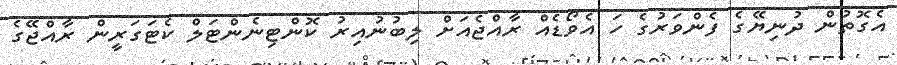
އެގޮތުން ދުނިޔޭގެ ފެންވަރުގެ ހަ އެވޯޑެއް ރާއްޖެއަށް ލިބުނުއިރު ކޮންޓިނެންޓަލް ކެޓަގަރީން ރާއްޖޭގެ